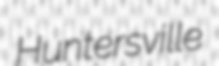
Huntersville